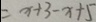
= x + 3 - x + 5